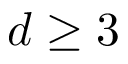
d \geq 3